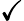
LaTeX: \boldsymbol{\checkmark}